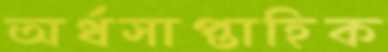
অর্ধসাপ্তাহিক